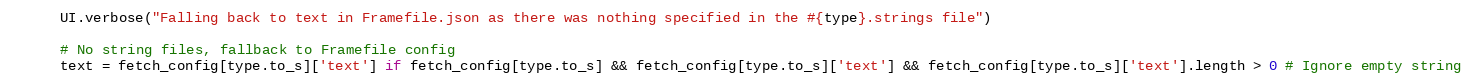
Language: Ruby
      UI.verbose("Falling back to text in Framefile.json as there was nothing specified in the #{type}.strings file")

      # No string files, fallback to Framefile config
      text = fetch_config[type.to_s]['text'] if fetch_config[type.to_s] && fetch_config[type.to_s]['text'] && fetch_config[type.to_s]['text'].length > 0 # Ignore empty string